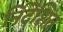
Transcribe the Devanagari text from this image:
र्निदेशित